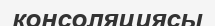
консоляциясы